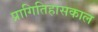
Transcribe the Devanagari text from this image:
प्रागितिहासकाल